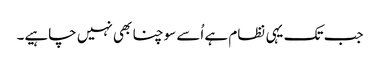
جب تک یہی نظام ہے اُسے سوچنا بھی نہیں چاہیے۔